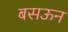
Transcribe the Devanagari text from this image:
बसऊन